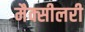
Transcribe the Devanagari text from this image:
मैक्सीलरी